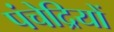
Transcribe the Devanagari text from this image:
पंचेद्रियों